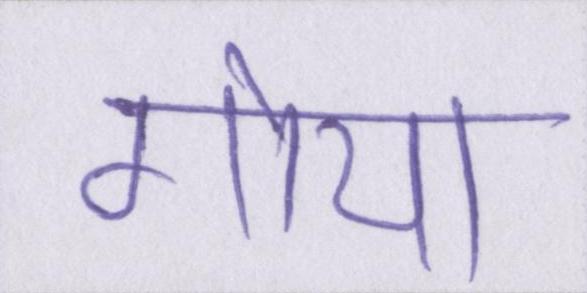
गोया